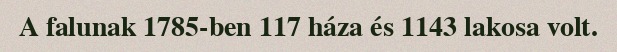
A falunak 1785-ben 117 háza és 1143 lakosa volt.